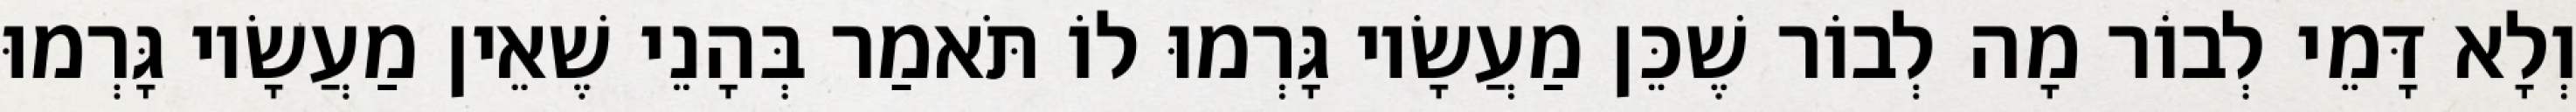
וְלָא דָּמֵי לְבוֹר מָה לְבוֹר שֶׁכֵּן מַעֲשָׂיו גָּרְמוּ לוֹ תֹּאמַר בְּהָנֵי שֶׁאֵין מַעֲשָׂיו גָּרְמוּ